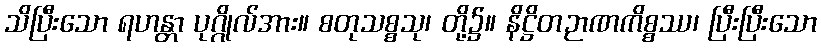
သိပြီးသော ရဟန္တာ ပုဂ္ဂိုလ်အား။ စတုသစ္စသု၊ တို့၌။ နိဋ္ဌိတဉာဏကိစ္စဿ၊ ပြီးပြီးသော